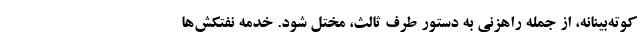
کوته‌بینانه، از جمله راهزنی به دستور طرف ثالث، مختل شود. خدمه نفتکش‌ها